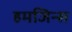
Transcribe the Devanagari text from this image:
हमजिन्स